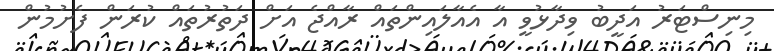
މިނިސްޓަރު އަދީބު ވިދާޅުވީ އާ އެއާލައިންތައް ރާއްޖެ އަށް ދަތުރުތައް ކުރަން ފެށުމުން